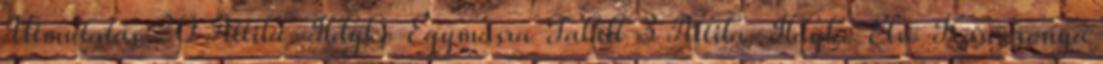
Útmutatás 20 Attila-Ildykó Egymásra Talált 3 Attila-Ildykó Első Karácsonya